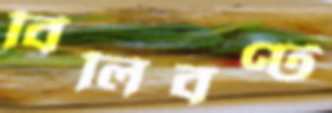
বিলিবণ্ট